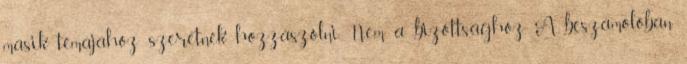
másik témájához szeretnék hozzászólni. Nem a bizottsághoz. A beszámolóban